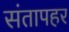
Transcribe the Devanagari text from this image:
संतापहर